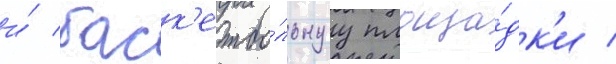
и́ баск'етбо́льнуу площа́дк'и /